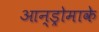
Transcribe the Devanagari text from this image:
आन्ड्रोमाके